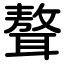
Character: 聱